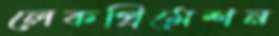
লেকপ্রিমেশন